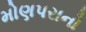
મોણપરાનો